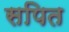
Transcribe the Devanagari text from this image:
सपित